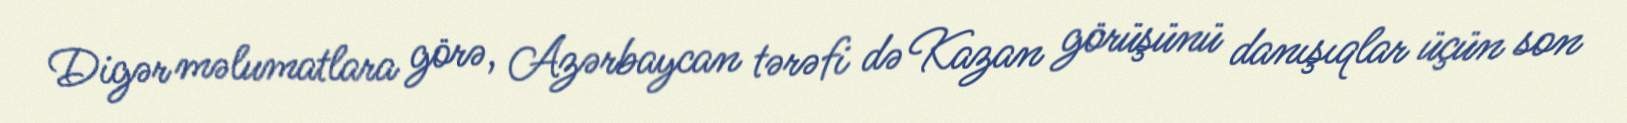
Digər məlumatlara görə, Azərbaycan tərəfi də Kazan görüşünü danışıqlar üçün son